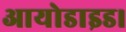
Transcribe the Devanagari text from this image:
आयोडाइड।